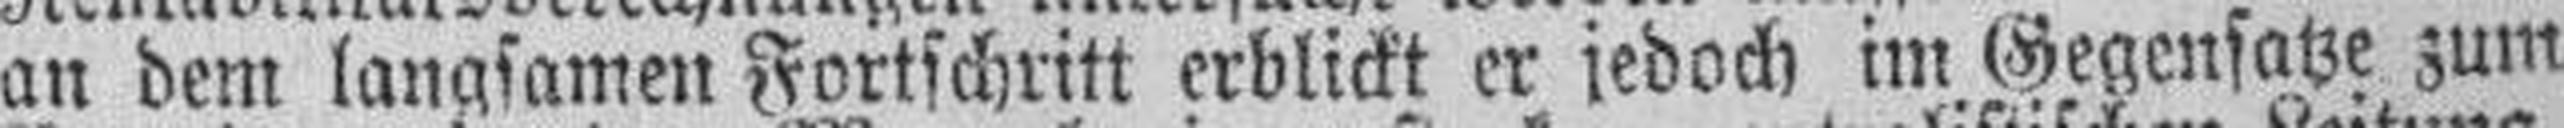
an dem langsamen Fortschritt erblickt er jedoch im Gegensatze zum